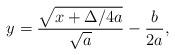
LaTeX: \begin{align*}y=\frac{\sqrt{x+\Delta/4a}}{\sqrt{a}}-\frac{b}{2a},\end{align*}